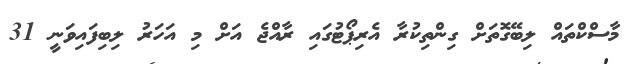
މާސްކްތައް ލިބޭގޮތަށް ގިންތިކުރާ އެރިޕޯޓުގައި ރާއްޖެ އަށް މި އަހަރު ލިބިފައިވަނީ 31